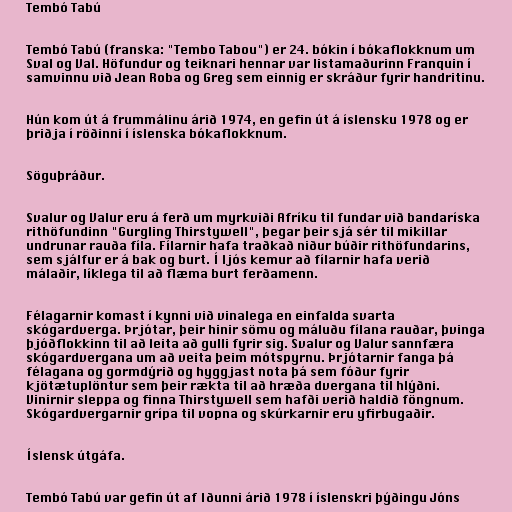
Tembó Tabú

Tembó Tabú (franska: "Tembo Tabou") er 24. bókin í bókaflokknum um
Sval og Val. Höfundur og teiknari hennar var listamaðurinn Franquin í
samvinnu við Jean Roba og Greg sem einnig er skráður fyrir handritinu.

Hún kom út á frummálinu árið 1974, en gefin út á íslensku 1978 og er
þriðja í röðinni í íslenska bókaflokknum.

Söguþráður.

Svalur og Valur eru á ferð um myrkviði Afríku til fundar við bandaríska
rithöfundinn "Gurgling Thirstywell", þegar þeir sjá sér til mikillar
undrunar rauða fíla. Fílarnir hafa traðkað niður búðir rithöfundarins,
sem sjálfur er á bak og burt. Í ljós kemur að fílarnir hafa verið
málaðir, líklega til að flæma burt ferðamenn.

Félagarnir komast í kynni við vinalega en einfalda svarta
skógardverga. Þrjótar, þeir hinir sömu og máluðu fílana rauðar, þvinga
þjóðflokkinn til að leita að gulli fyrir sig. Svalur og Valur sannfæra
skógardvergana um að veita þeim mótspyrnu. Þrjótarnir fanga þá
félagana og gormdýrið og hyggjast nota þá sem fóður fyrir
kjötætuplöntur sem þeir rækta til að hræða dvergana til hlýðni.
Vinirnir sleppa og finna Thirstywell sem hafði verið haldið föngnum.
Skógardvergarnir grípa til vopna og skúrkarnir eru yfirbugaðir.

Íslensk útgáfa.

Tembó Tabú var gefin út af Iðunni árið 1978 í íslenskri þýðingu Jóns